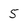
Character: 5